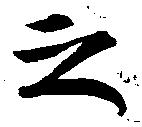
之